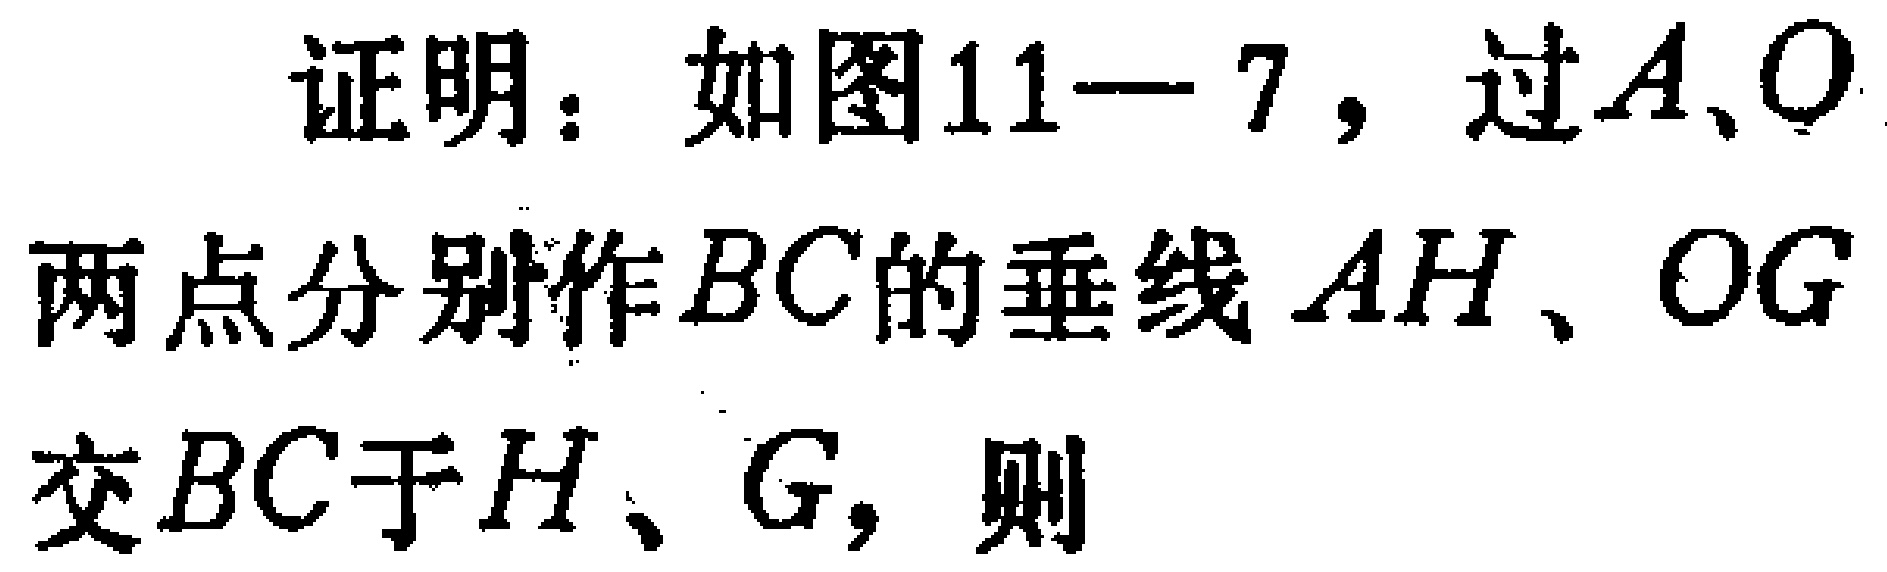
证明：如图11—7，过\(A\)、\(O\)两点分别作\(BC\)的垂线\(AH\)、\(OG\)交\(BC\)于\(H\)、\(G\)，则